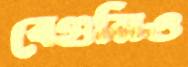
বেগুনিও